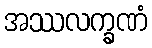
အဿလက္ခဏံ